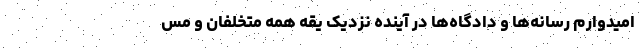
امیدوارم رسانه‌ها و دادگاه‌ها در آینده نزدیک یقه همه متخلفان و مس